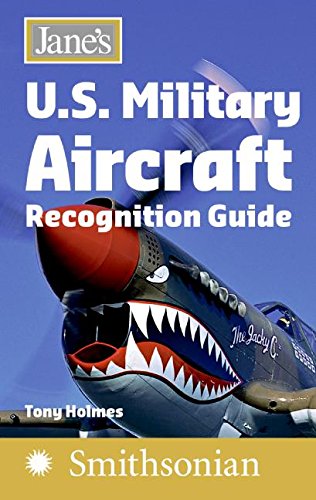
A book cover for Jane's U.S. Military Aircraft Recognition Guide; Tony Holmes; Reference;